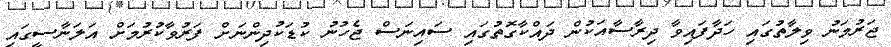
ޖަރުމަނު ވިލާތުގައި ހަދާފައިވާ ދިރާސާއަކުން ދައްކާގޮތުގައި ސައިނަސް ޖެހުނު ކުޑަކުދިންނަށް ފަރުވާކުރުމަށް އަލަނާސީގައި